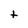
Character: t